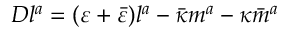
D l ^ { a } = ( \varepsilon + { \bar { \varepsilon } } ) l ^ { a } - { \bar { \kappa } } m ^ { a } - \kappa { \bar { m } } ^ { a }